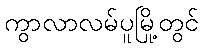
ကွာလာလမ်ပူမြို့တွင်